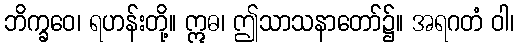
ဘိက္ခဝေ၊ ရဟန်းတို့။ ဣဓ၊ ဤသာသနာတော်၌။ အရဂတံ ဝါ၊